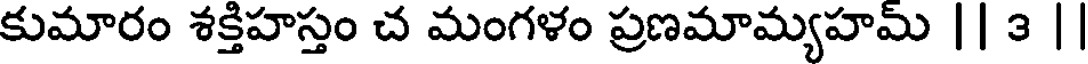
కుమారం శక్తిహస్తం చ మంగళం ప్రణమామ్యహమ్ || 3 |